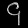
Digit: ၄